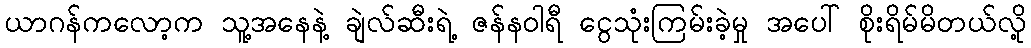
ယာဂန်ကလော့က သူ့အနေနဲ့ ချဲလ်ဆီးရဲ့ ဇန်နဝါရီ ငွေသုံးကြမ်းခဲ့မှု အပေါ် စိုးရိမ်မိတယ်လို့